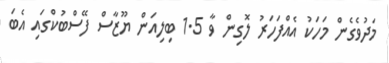
މަދުވެގެން މަހަކު އެއްފަހަރު ލޮގިން ވާ 1.5 ބިލިއަން ޔޫޒާސް ފޭސްބުކްގައި އެބަ